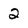
Character: 2